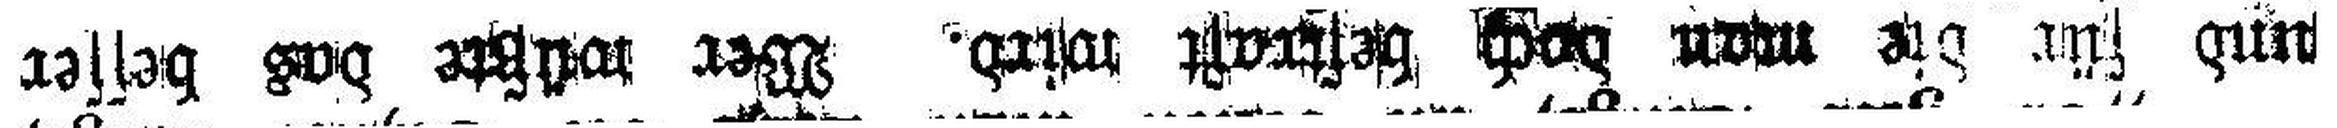
und für die man doch bestraft wird. Wer wüßte das besser